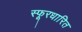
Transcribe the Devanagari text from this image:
स्फूरधारित